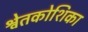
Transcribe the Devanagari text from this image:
श्वेतकोशिका